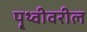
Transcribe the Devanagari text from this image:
पृ्थ्वीवरील